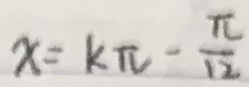
x = k \pi - \frac { \pi } { 1 2 }